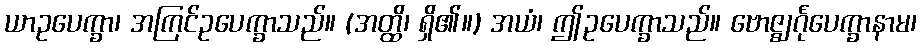
ယာဥပေက္ခာ၊ အကြင်ဥပေက္ခာသည်။ (အတ္ထိ၊ ရှိ၏။) အယံ၊ ဤဥပေက္ခာသည်။ ဗောဇ္ဈင်္ဂုပေက္ခာနာမ၊